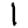
Digit: 1